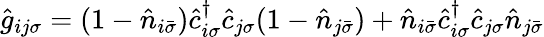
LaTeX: \hat{g}_{ij\sigma}=(1-\hat{n}_{i\bar{\sigma}})\hat{c}_{i\sigma}^{\dagger}\hat{c}_{j\sigma}(1-\hat{n}_{j\bar{\sigma}})+\hat{n}_{i\bar{\sigma}}\hat{c}_{i\sigma}^{\dagger}\hat{c}_{j\sigma}\hat{n}_{j\bar{\sigma}}